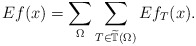
\begin{align*}Ef(x) = \sum_{\Omega}\sum_{T \in \widetilde{\mathbb T}(\Omega)} Ef_{T}(x).\end{align*}